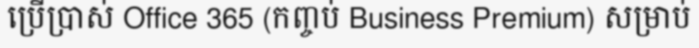
ប្រើប្រាស់ Office 365 (កញ្ចប់ Business Premium) សម្រាប់